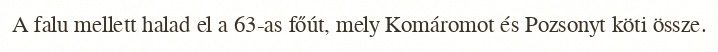
A falu mellett halad el a 63-as főút, mely Komáromot és Pozsonyt köti össze.